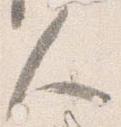
人